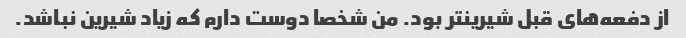
از دفعه‌های قبل شیرینتر بود. من شخصا دوست دارم که زیاد شیرین نباشد.